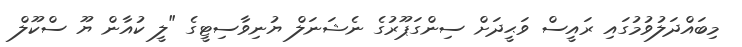
މިބައްދަލުވުމުގައި ރައީސް ވަޙީދަށް ސިންގަޕޫރުގެ ނެޝަނަލް ޔުނިވާސިޓީގެ "ލީ ކުއާން ޔޫ ސްކޫލް